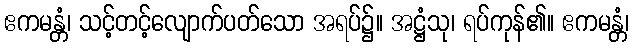
ဧကမန္တံ၊ သင့်တင့်လျောက်ပတ်သော အရပ်၌။ အဋ္ဌံသု၊ ရပ်ကုန်၏။ ဧကမန္တံ၊